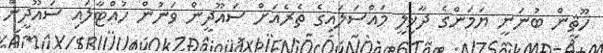
ހޫޘީން ބުނަނީ ޔަމަންގެ ދާޚިލީ މައްސަލައިގެ ތެރެއަށް ސައޫދީން ވަނުން ހުއްޓާލައި ސައޫދީން